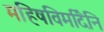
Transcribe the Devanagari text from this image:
महिषविमर्दिनि